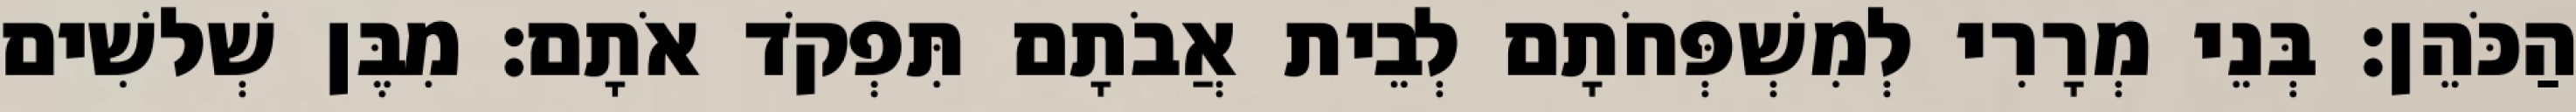
הַכֹּהֵן׃ בְּנֵי מְרָרִי לְמִשְׁפְּחֹתָם לְבֵית אֲבֹתָם תִּפְקֹד אֹתָם׃ מִבֶּן שְׁלשִׁים